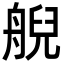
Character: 𦩊